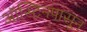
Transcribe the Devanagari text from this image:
ऑस्टिनपासून